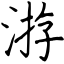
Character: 㳺